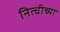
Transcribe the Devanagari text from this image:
नित्चीच्या